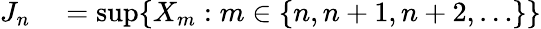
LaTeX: \begin{array}{rl}{J_{n}}&{{}=\operatorname*{sup}\{ X_{m}:m\in\{ n,n+1,n+2,\ldots\} \} }\end{array}